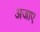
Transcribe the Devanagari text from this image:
अजाए